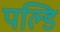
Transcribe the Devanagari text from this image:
पल्डि